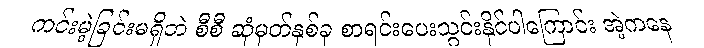
ကင်းမဲ့ခြင်းမရှိဘဲ စီစီ ဆုံမှတ်နှစ်ခု စာရင်းပေးသွင်းနိုင်ပါကြောင်း အဲ့ကနေ